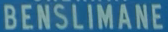
BENSLIMANE